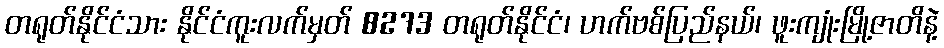
တရုတ်နိုင်ငံသား နိုင်ငံကူးလက်မှတ် 8273 တရုတ်နိုင်ငံ၊ ဟက်ဗစ်ပြည်နယ်၊ ဖူးကျုံးမြို့ဇာတိနဲ့